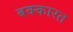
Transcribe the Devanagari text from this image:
बक्कारत